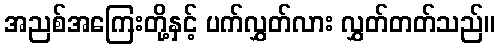
အညစ်အကြေးတို့နှင့် ပက်လွှတ်လား လွှတ်တတ်သည်။